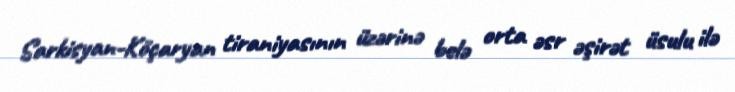
Sarkisyan-Köçaryan tiraniyasının üzərinə belə orta əsr əşirət üsulu ilə